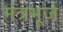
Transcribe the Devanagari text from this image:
मंत्रभूर्ज